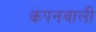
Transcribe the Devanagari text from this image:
कंपनवाली